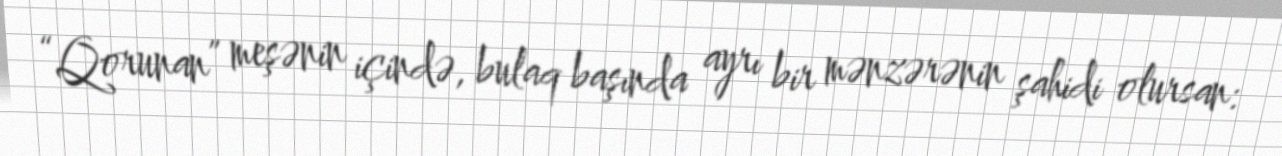
“Qorunan” meşənin içində, bulaq başında ayrı bir mənzərənin şahidi olursan: